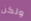
ولكن